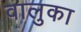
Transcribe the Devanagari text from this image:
वालुका